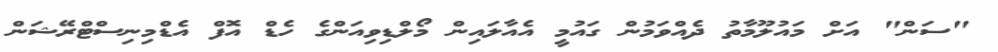
"ސަން" އަށް މައުލޫމާތު ދެއްވަމުން ގައުމީ އެއާލައިން މޯލްޑިވިއަންގެ ހެޑް އޮފް އެޑްމިނިސްޓްރޭޝަން